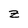
Character: z